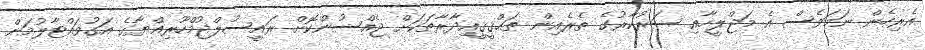
އެރިހެން ނަމަވެސް އެ މަޖްލީހާއި ސަރުކާރުގެ ތެރެއިން ތަޙްޤީޤީއިދާރާތަކަށް ޖެއްސުންކޮށް ރައީސުލްޖުމްހޫރިއްޔާގެ އަގުވައްޓާލުމަށް